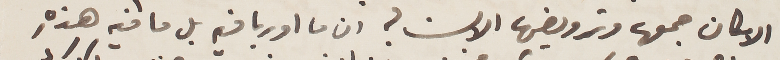
الامكان جمعها وترويضها الان؟ ان ما اوربا فيه بل ما فيه هذِه